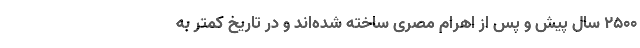
۲۵۰۰ سال پیش‌ و پس از اهرام مصری ساخته شده‌اند و در تاریخ کمتر به